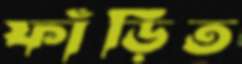
ফাঁড়িত